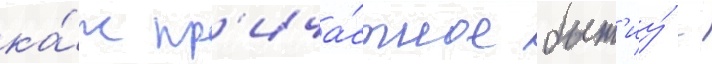
ка́к пр'ича́стное быт'иу́ -